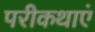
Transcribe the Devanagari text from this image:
परीकथाएं